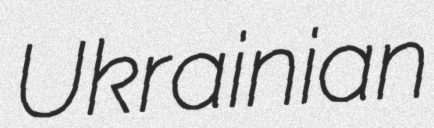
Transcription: Ukrainian